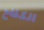
الكفاح